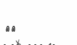
٩٧